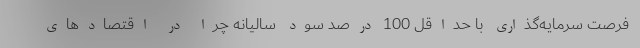
فرصت سرمایه‌گذاری با حداقل 100 درصد سود سالیانه چرا در اقتصاد‌های